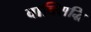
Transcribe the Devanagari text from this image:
वाक्सिद्धि